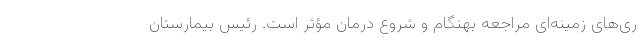
ری‌های زمینه‌ای مراجعه بهنگام و شروع درمان مؤثر است. رئیس بیمارستان